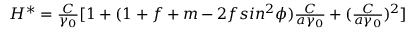
\begin{array} { r } { H ^ { * } = \frac { C } { \gamma _ { 0 } } [ 1 + ( 1 + f + m - 2 f s i n ^ { 2 } \phi ) \frac { C } { a \gamma _ { 0 } } + ( \frac { C } { a \gamma _ { 0 } } ) ^ { 2 } ] } \end{array}